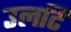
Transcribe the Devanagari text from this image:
उलटि